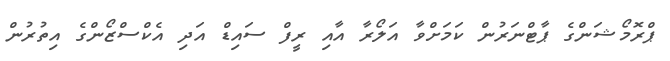
ޕްރޮމޯޝަންގެ ޕާޓްނަރުން ކަމަށްވާ އަލޯރާ އާއި ރީފް ސައިޑް އަދި އެކްސްޒޯންގެ އިތުރުން